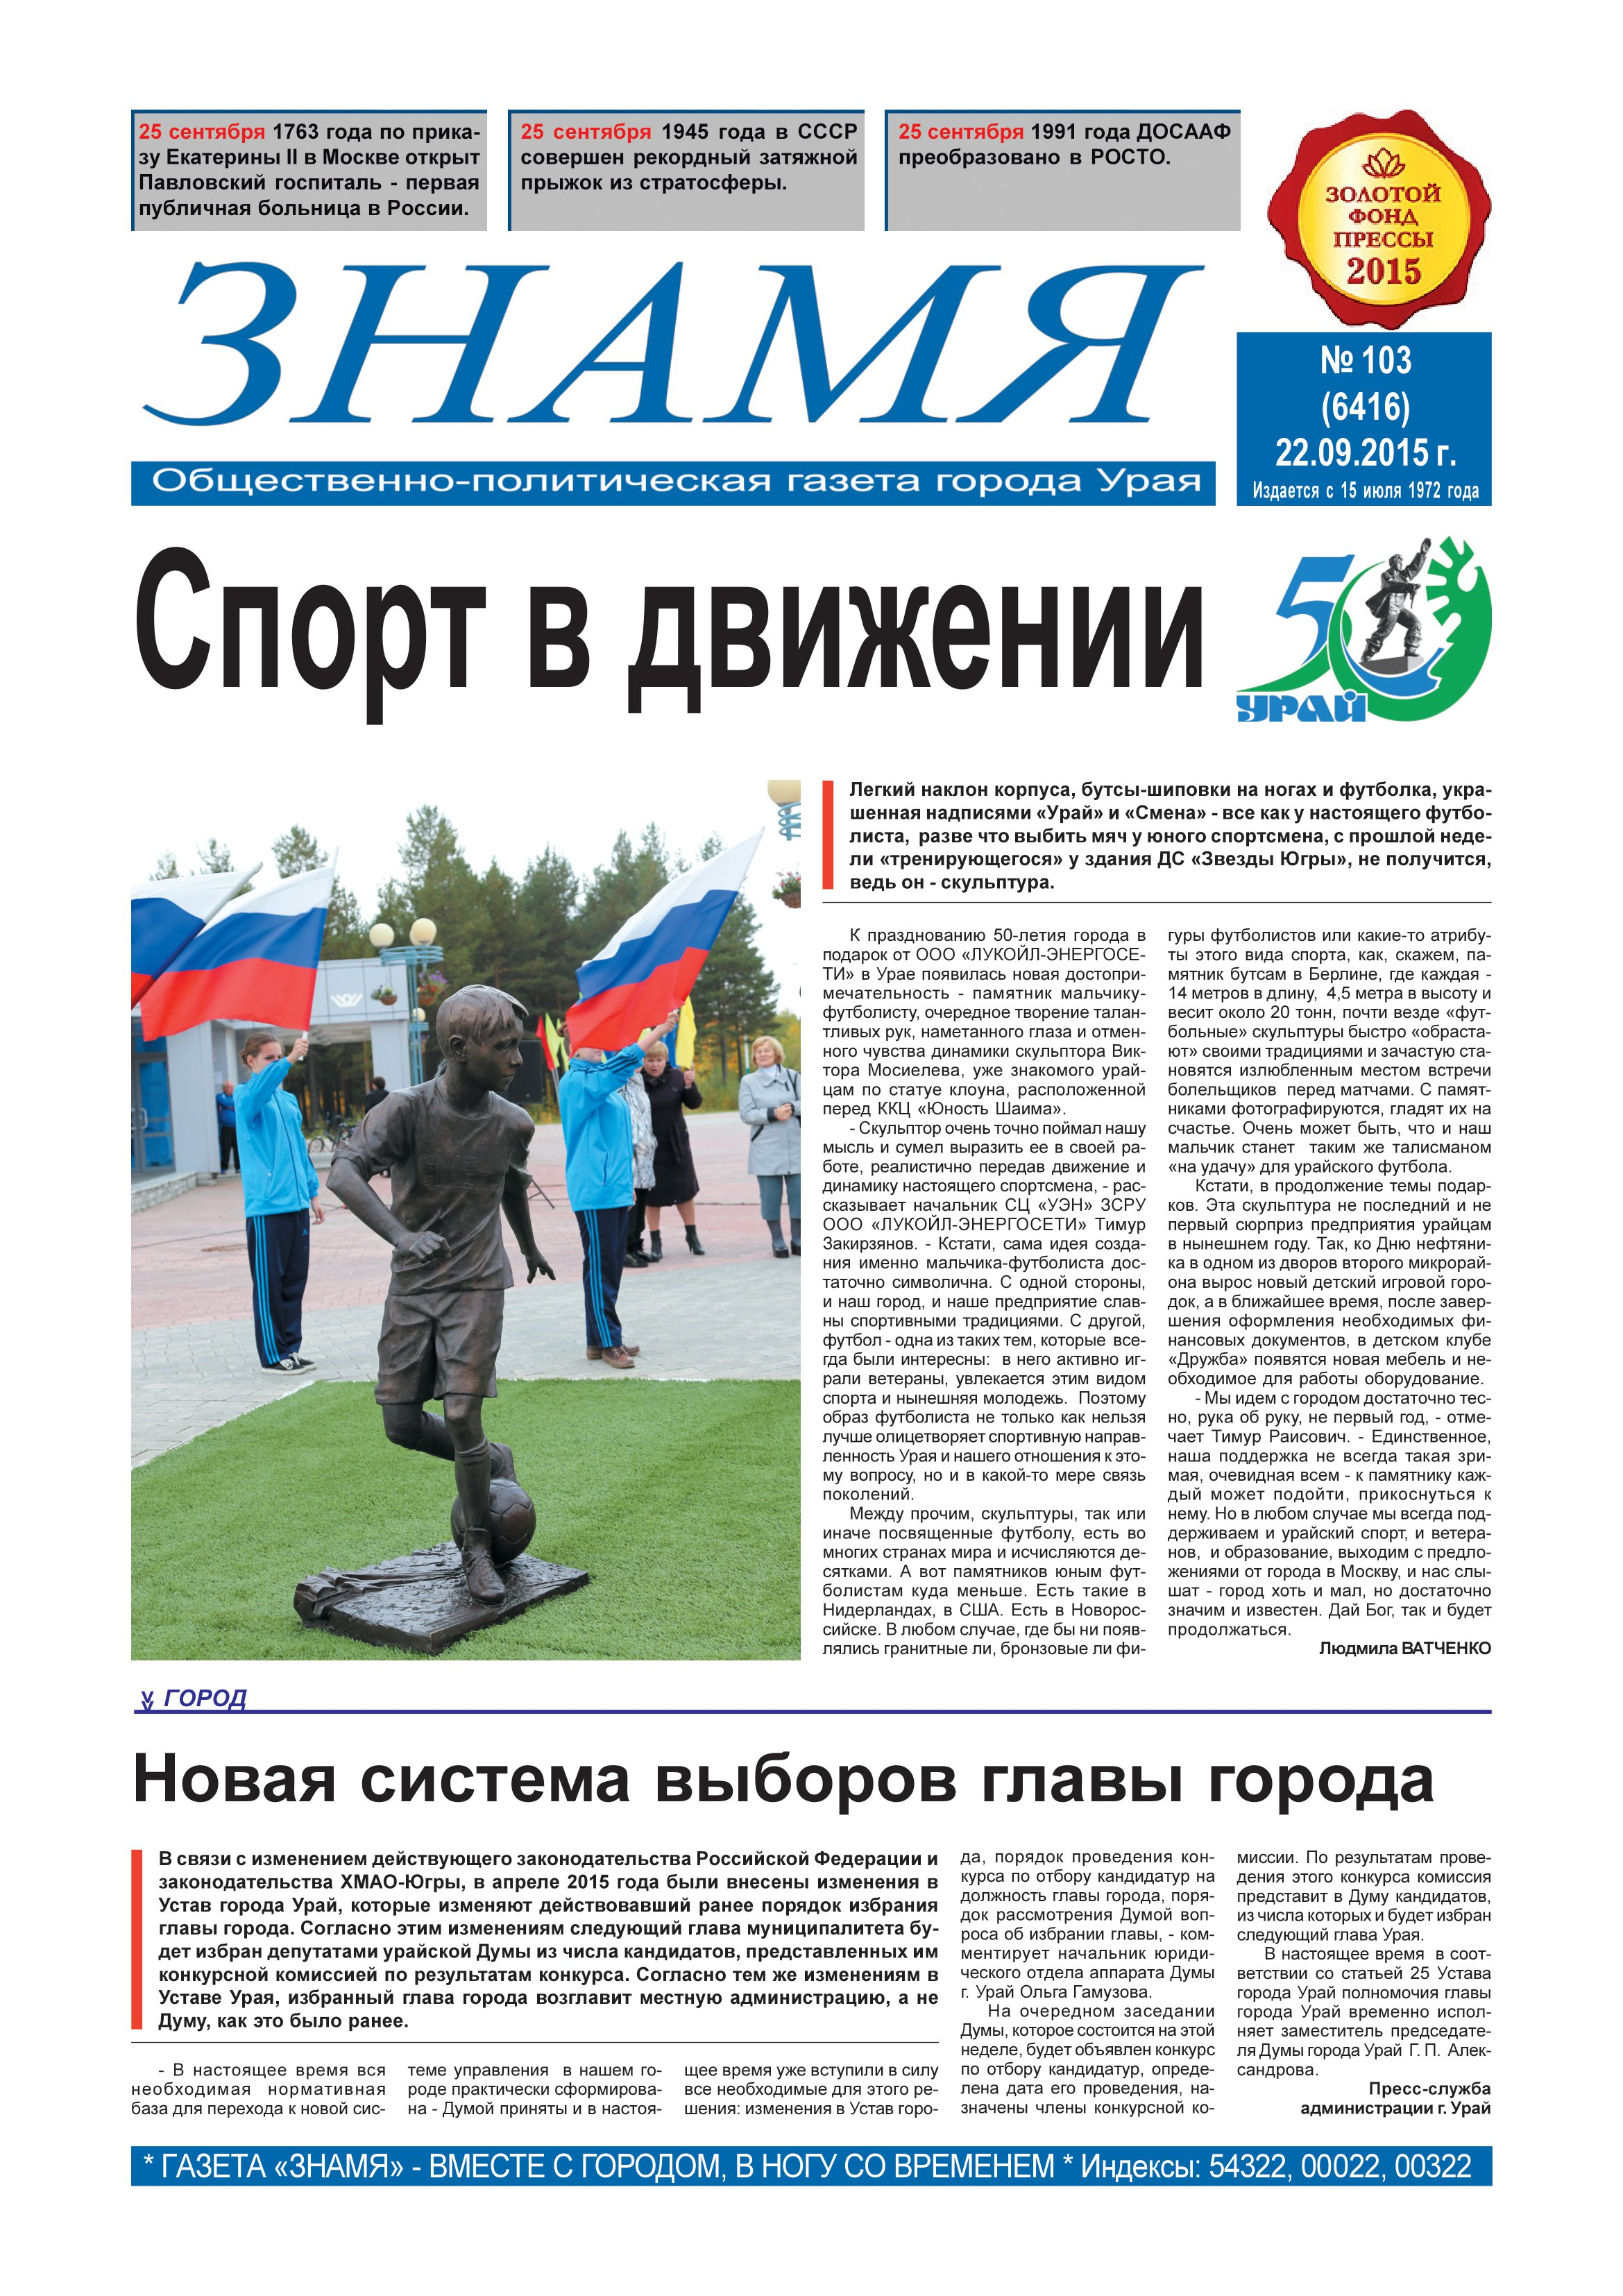
Language: ru